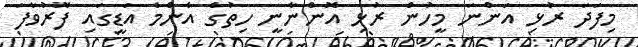
މިފަދަ ރުޅި އަންނަ މީހުން ރުޅި އޮންނާނީ ހިތުގެ އެންމެ އަޑީގައި ފޮރުވާފަ